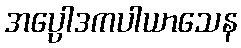
အပ္ပေါဒကပါယာသေန